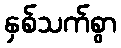
နှစ်သက်စွာ